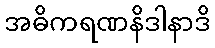
အဓိကရဏနိဒါနာဒိ